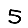
Digit: 5